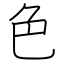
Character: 色